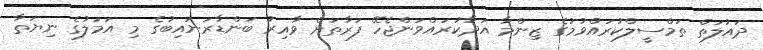
ދައުލަތް ތަމްސީލްކުރައްވުމުގެ ޒިންމާ އަދާކުރައްވަންޖެހޭ ފަރާތަށް ވާއިރު ބަންޑާރަނައިބުގެ މި އަމަލުގެ ނިޔަތާ